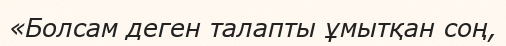
«Болсам деген талапты ұмытқан соң,